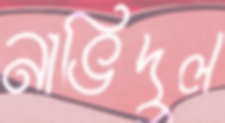
নাভিদুল